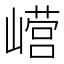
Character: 𫶕